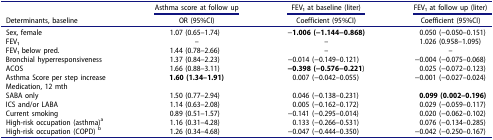
<table><thead><tr><td><b> </b></td><td><b>Asthma score at follow up</b></td><td><b>FEV1 at baseline (liter)</b></td><td><b>FEV1 at follow up (liter)</b></td></tr><tr><td><b>Determinants, baseline</b></td><td><b>OR (95%CI)</b></td><td><b>Coefficient (95%CI)</b></td><td><b>Coefficient (95%CI)</b></td></tr></thead><tbody><tr><td>Sex, female</td><td>1.07 (0.65–1.74)</td><td>−<b>1.006 (−1.144−0.868)</b></td><td>0.050 (−0.050–0.151)</td></tr><tr><td>FEV1</td><td>–</td><td>–</td><td>1.026 (0.958–1.095)</td></tr><tr><td>FEV1 below pred.</td><td>1.44 (0.78–2.66)</td><td>–</td><td>–</td></tr><tr><td>Bronchial hyperresponsiveness</td><td>1.37 (0.84–2.23)</td><td>−0.014 (−0.149–0.121)</td><td>−0.004 (−0.075–0.068)</td></tr><tr><td>ACOS</td><td>1.66 (0.88–3.11)</td><td><b>−0.398 (−0.576−0.221</b>)</td><td>0.025 (−0.072–0.123)</td></tr><tr><td>Asthma Score per step increase</td><td><b>1.60 (1.34–1.91)</b></td><td>0.007 (−0.042–0.055)</td><td>−0.001 (−0.027–0.024)</td></tr><tr><td>Medication, 12 mth</td><td> </td><td> </td><td> </td></tr><tr><td>SABA only</td><td>1.50 (0.77–2.94)</td><td>0.046 (−0.138–0.231)</td><td><b>0.099 (0.002–0.196)</b></td></tr><tr><td>ICS and/or LABA</td><td>1.14 (0.63–2.08)</td><td>0.005 (−0.162–0.172)</td><td>0.029 (−0.059–0.117)</td></tr><tr><td>Current smoking</td><td>0.89 (0.51–1.57)</td><td>−0.141 (−0.295–0.014)</td><td>0.020 (−0.062–0.102)</td></tr><tr><td>High-risk occupation (asthma)<sup>a</sup></td><td>1.16 (0.31–4.28)</td><td>0.133 (−0.266–0.531)</td><td>0.076 (−0.134–0.285)</td></tr><tr><td>High-risk occupation (COPD) <sup>b</sup></td><td>1.26 (0.34–4.68)</td><td>−0.047 (−0.444–0.350)</td><td>−0.042 (−0.250–0.167)</td></tr></tbody></table>